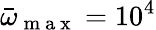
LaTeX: \bar{\omega}_{\mathrm{~m~a~x~}}=10^{4}